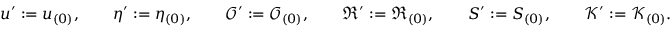
\begin{array} { r } { u ^ { \prime } : = u _ { ( 0 ) } , \qquad \eta ^ { \prime } : = \eta _ { ( 0 ) } , \qquad \mathcal { O } ^ { \prime } : = \mathcal { O } _ { ( 0 ) } , \qquad \mathfrak { R } ^ { \prime } : = \mathfrak { R } _ { ( 0 ) } , \qquad S ^ { \prime } : = S _ { ( 0 ) } , \qquad \mathcal { K } ^ { \prime } : = \mathcal { K } _ { ( 0 ) } . } \end{array}